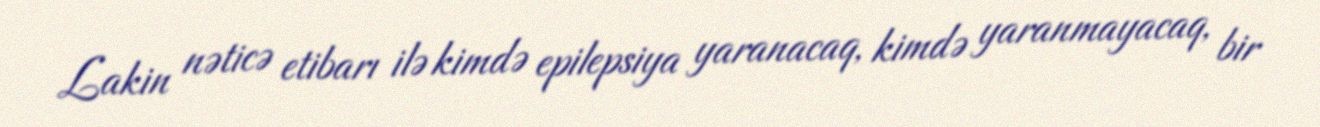
Lakin nəticə etibarı ilə kimdə epilepsiya yaranacaq, kimdə yaranmayacaq, bir